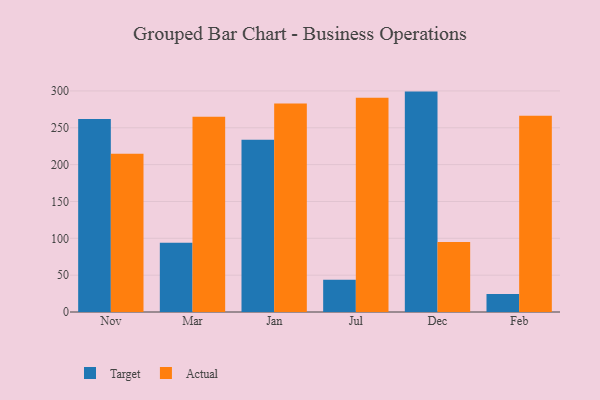
{"axis": {"x": "Month", "y": "Backlog"}, "legend": ["Actual", "Target"], "data": [{"x": "Nov", "y": 261.8, "type": "Target"}, {"x": "Nov", "y": 214.9, "type": "Actual"}, {"x": "Mar", "y": 94.1, "type": "Target"}, {"x": "Mar", "y": 264.8, "type": "Actual"}, {"x": "Jan", "y": 233.9, "type": "Target"}, {"x": "Jan", "y": 282.9, "type": "Actual"}, {"x": "Jul", "y": 43.6, "type": "Target"}, {"x": "Jul", "y": 290.8, "type": "Actual"}, {"x": "Dec", "y": 299.1, "type": "Target"}, {"x": "Dec", "y": 95.0, "type": "Actual"}, {"x": "Feb", "y": 24.3, "type": "Target"}, {"x": "Feb", "y": 266.2, "type": "Actual"}]}